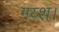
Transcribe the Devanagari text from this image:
गय्श।